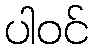
ပါဝင်